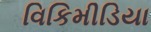
વિકિમીડિયા